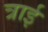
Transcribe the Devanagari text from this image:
त्राई